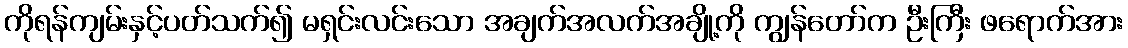
ကိုရန်ကျမ်းနှင့်ပတ်သက်၍ မရှင်းလင်းသော အချက်အလက်အချို့ကို ကျွန်တော်က ဦးကြီး ဖရောက်အား